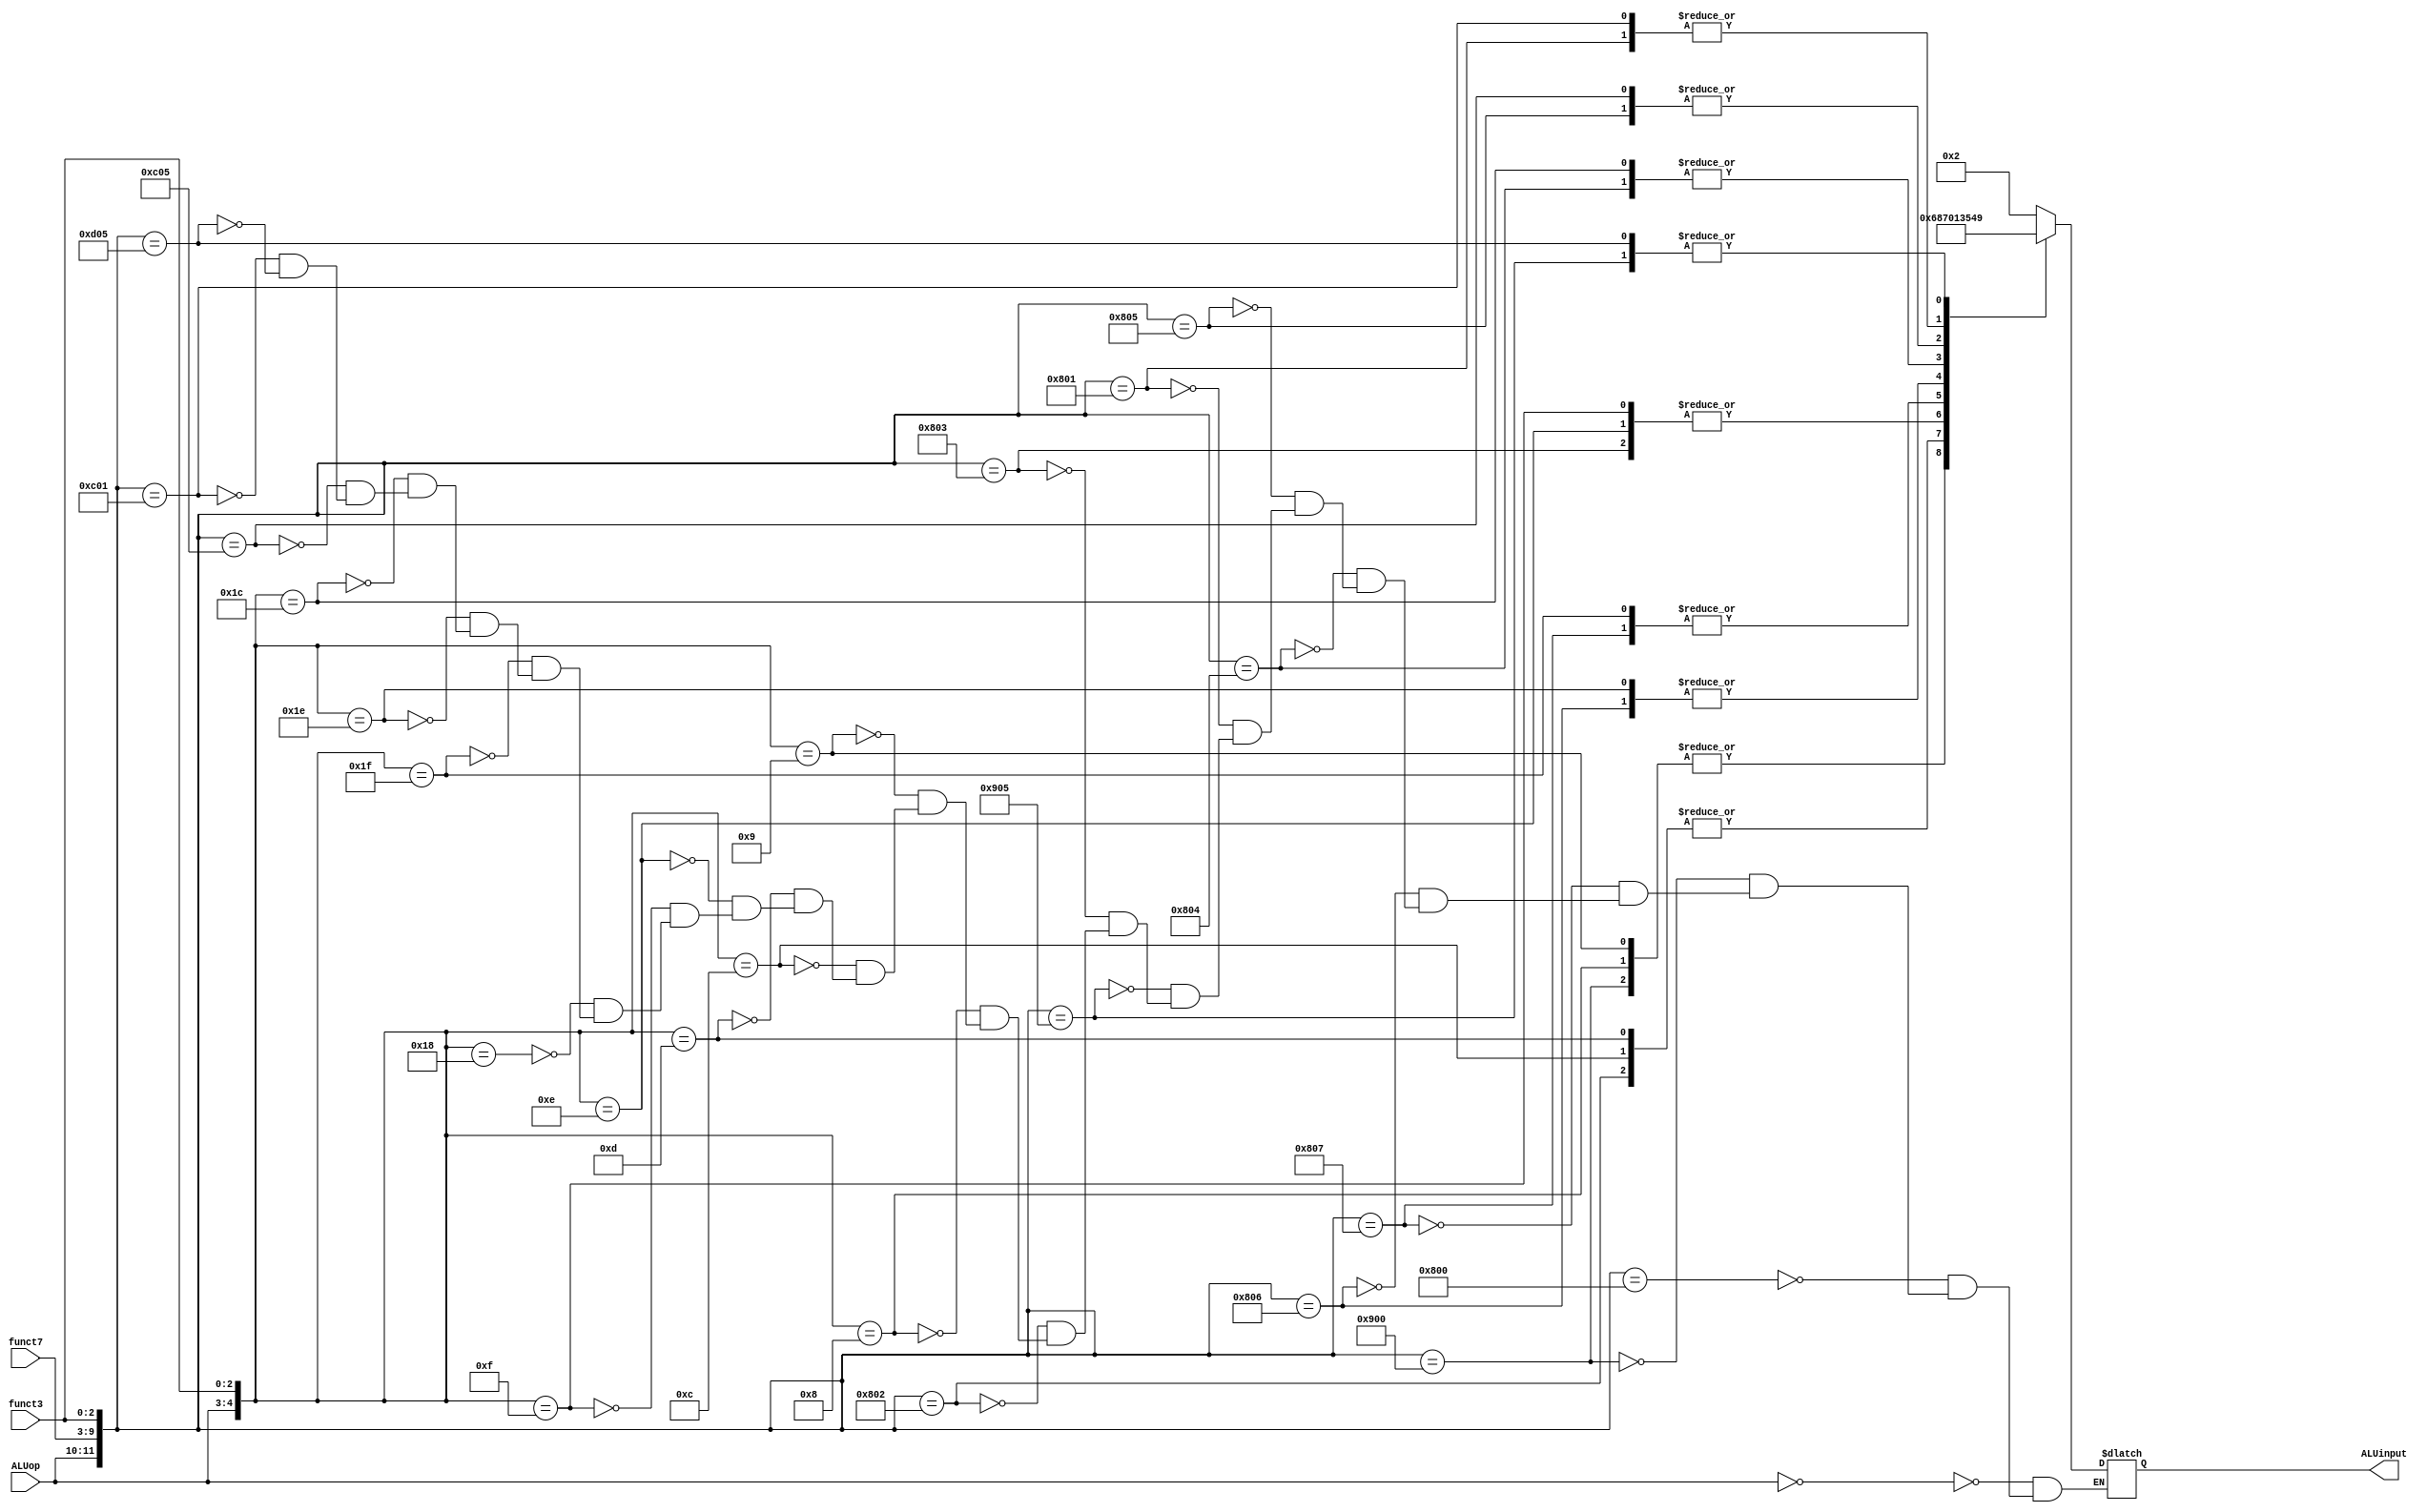
`timescale 1ns / 1ps
//////////////////////////////////////////////////////////////////////////////////
// Company: 
// Engineer: 
// 
// Design Name: 
// Module Name: ALUcontrol
// Project Name: 
// Target Devices: 
// Tool Versions: 
// Description: 
// 
// Dependencies: 
// 
// Revision:
// Revision 0.01 - File Created
// Additional Comments:
// 
//////////////////////////////////////////////////////////////////////////////////



module ALUcontrol(input [1:0] ALUop,
                  input [6:0] funct7,
                  input [2:0] funct3,
                  output reg [3:0] ALUinput);

    always@(ALUop,funct7,funct3) begin
        casex({ALUop,funct7,funct3})
            12'b00_xxxxxxx_xxx: ALUinput = 4'b0010; // ld,sd
            12'b10_0000000_000: ALUinput = 4'b0010; // add
            12'b10_0100000_000: ALUinput = 4'b0110; // sub
            12'b10_0000000_111: ALUinput = 4'b0000; // and
            12'b10_0000000_110: ALUinput = 4'b0001; // or
            12'b10_0000000_100: ALUinput = 4'b0011; // xor
            12'b10_0000000_101: ALUinput = 4'b0101; // srl
            12'b10_0000000_001: ALUinput = 4'b0100; // sll
            12'b10_0100000_101: ALUinput = 4'b1001; // sra
            12'b10_0000000_011: ALUinput = 4'b0111; // sltu
            12'b10_0000000_010: ALUinput = 4'b1000; // slt
            
            12'b01_xxxxxxx_000: ALUinput = 4'b0110; // beq
            12'b01_xxxxxxx_001: ALUinput = 4'b0110; // bne
            12'b01_xxxxxxx_100: ALUinput = 4'b1000; // blt
            12'b01_xxxxxxx_101: ALUinput = 4'b1000; // bge
            12'b01_xxxxxxx_110: ALUinput = 4'b0111; // bltu
            12'b01_xxxxxxx_111: ALUinput = 4'b0111; // bgeu
            
            12'b11_xxxxxxx_000: ALUinput = 4'b0010; // addi 
            12'b11_xxxxxxx_111: ALUinput = 4'b0000; // andi
            12'b11_xxxxxxx_110: ALUinput = 4'b0001; // ori
            12'b11_xxxxxxx_100: ALUinput = 4'b0011; // xori   
            12'b11_0000000_101: ALUinput = 4'b0101; // srli
            12'b11_0000000_001: ALUinput = 4'b0100; // slli
            12'b11_0100000_101: ALUinput = 4'b1001; // srai
        endcase 
    end
endmodule